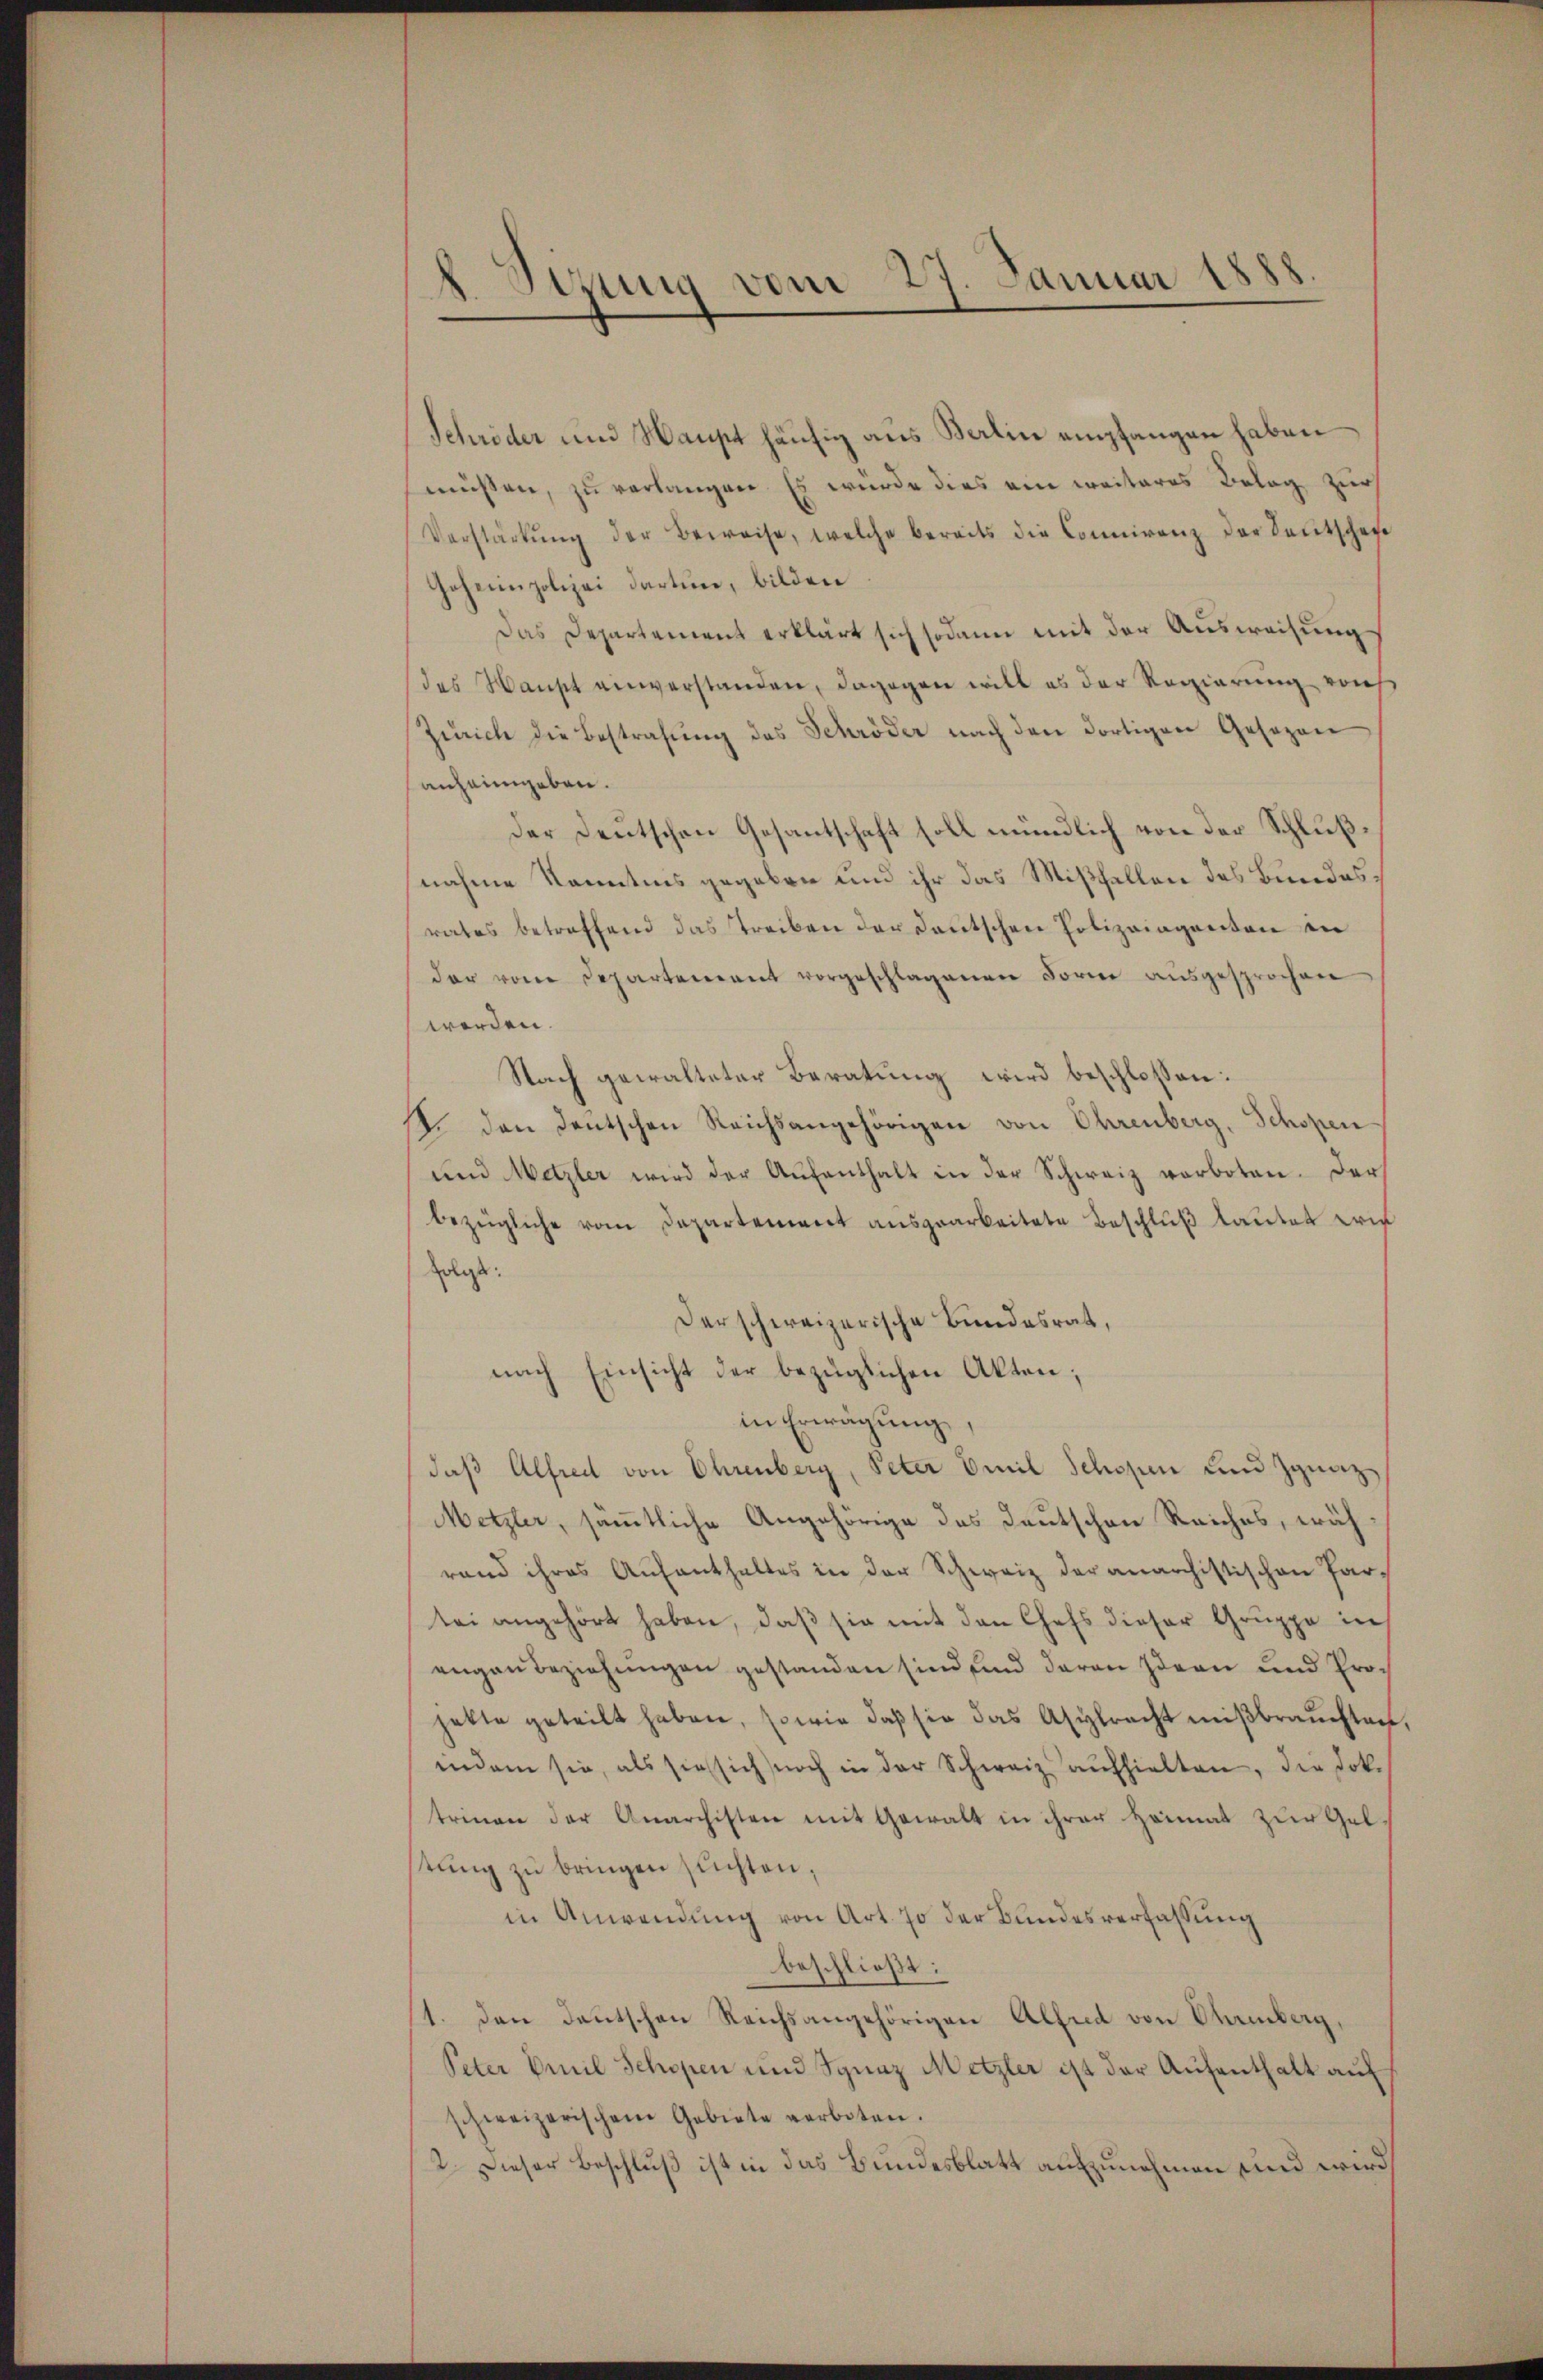
Sizung vom 27. Januar 1888.
.

Schröder und Haupt häufig aus Berlin empfangen haben
müssen, zu verlangen. Es wurde dies ein weiteres Belag zur
Verstärkŭng der Beweise, welche bereits die Connirenz der Sentschafe
Geheim polizei dartune, bilden
Das Departement erklärt sich sodann mit der Ausweisung
des Haust einverstanden, dagegen will es der Regierŭng von
Zürich die Bestrafŭng des Schröder nach den dortigen Gesezen
anheimgeben.
Der Deutschen Gesantschaft soll mündlich von der Schlußnahme Kenntnis gegeben und ihr das Mißfallen des Bundes,
rates betreffend das Treiben der Deutschen Polizeiaganten in
dar vom Separtement vorgeschlagenen Form aŭsgesprochen
werden.
Nach gewalteter Beratung wird beschlossen:
2. den deutschen Reichsangehörigen von Ohrenberg, Schopen
und Metzler wird der Aŭfenthalt in der Schweiz verboten. Der
bezügliche vom Departement ausgearbeitete Beschluß lautet wir
folgt:
Der schweizerische Bundesrat,
nach Einsicht der bezüglichen Akten;
in Erwägung
daß Alfred von Ehrenberg, Peter Emil Schopen und Jgnaz
Metzler, sämmtliche Angehörige des Deutschen Reiches, währand ihres Aufenthaltes in der Schweiz der anarchistischen Partei angehört haben, daß sie mit den Chefs dieser Gruppe in
engau beziehungen gestanden sind, und daran Ideen und Projette geteilt haben, sowie daβ sie das Asylracht miβbraŭchten
indem sie, als sie sich noch in der Schweiz aŭfhielten, die Dok.
trinen der Anarchisten mit Gewalt in ihrer Heimat zŭr Gel
tŭng zu bringen suchten,
in Anwendung von Art. 70 der Bundesverfassung
beschließt:
1. den Deutschen Reichsangehörigen Alfred von Ohrenberg,
Peter Emil Schopen und Ignaz Metzler ist der Aufenthalt auf
schweizerischem Gebiete verboten.
2. Dieser Beschluß ist in das Bundesblatt aufzunehmen und wird